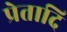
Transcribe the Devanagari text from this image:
प्रेतादि